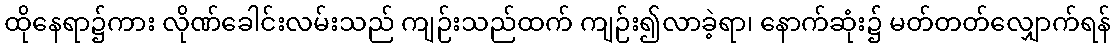
ထိုနေရာ၌ကား လိုဏ်ခေါင်းလမ်းသည် ကျဉ်းသည်ထက် ကျဉ်း၍လာခဲ့ရာ၊ နောက်ဆုံး၌ မတ်တတ်လျှောက်ရန်